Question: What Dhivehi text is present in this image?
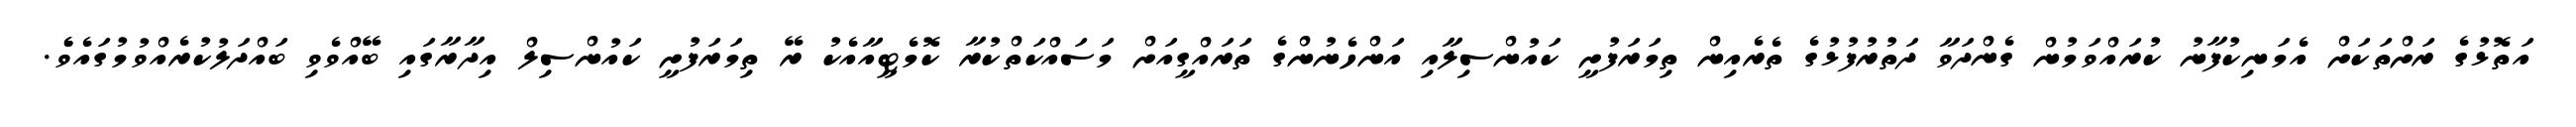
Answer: އަތޮޅުގެ ރަށްތަކަށް އެމަނިކުފާނު ކުރައްވަމުން ގެންދަވާ ދަތުރުފުޅުގެ ތެރެއިން ތިމަރަފުށީ ކައުންސިލާއި އަންހެނުންގެ ތަރައްގީއަށް މަސައްކަތްކުރާ ކޮމެޓީއާއެކު ރޭ ތިމަރަފުށީ ކައުންސިލް އިދާރާގައި ބޭއްވެވި ބައްދަލުކުރެއްވުމުގައެވެެ.